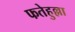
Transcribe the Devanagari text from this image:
फतेहुल्ला